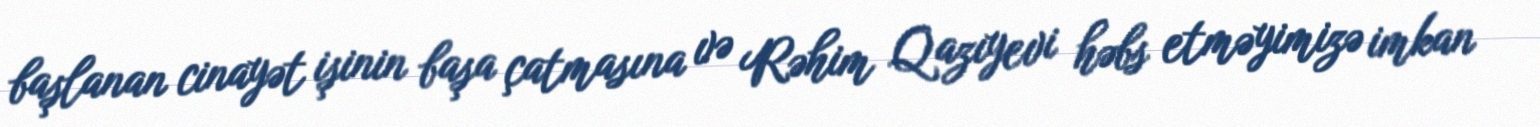
başlanan cinayət işinin başa çatmasına və Rəhim Qazıyevi həbs etməyimizə imkan